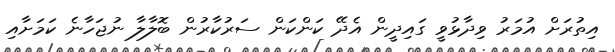
އިތުރަށް އުމަރު ވިދާޅުވީ ގައިދީން އެދޭ ކަންކަން ސަރުކާރުން ބޮލާލާ ނުޖަހާނެ ކަމަށާއި